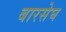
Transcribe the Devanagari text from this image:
बारसेघ